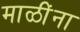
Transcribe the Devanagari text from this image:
माळींना